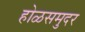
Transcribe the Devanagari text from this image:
होळसमुदर